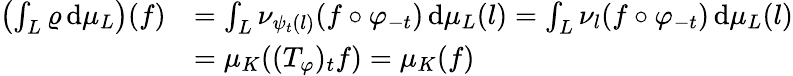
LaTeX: \begin{array}{rl}{\left(\int_{L}\varrho\, \mathrm{d}\mu_{L}\right)(f)}&{=\int_{L}\nu_{\psi_{t}(l)}(f\circ\varphi_{-t})\, \mathrm{d}\mu_{L}(l)=\int_{L}\nu_{l}(f\circ\varphi_{-t})\, \mathrm{d}\mu_{L}(l)}\\ &{=\mu_{K}((T_{\varphi})_{t}f)=\mu_{K}(f)}\end{array}